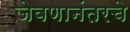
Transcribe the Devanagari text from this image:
जेवणानंतरचे